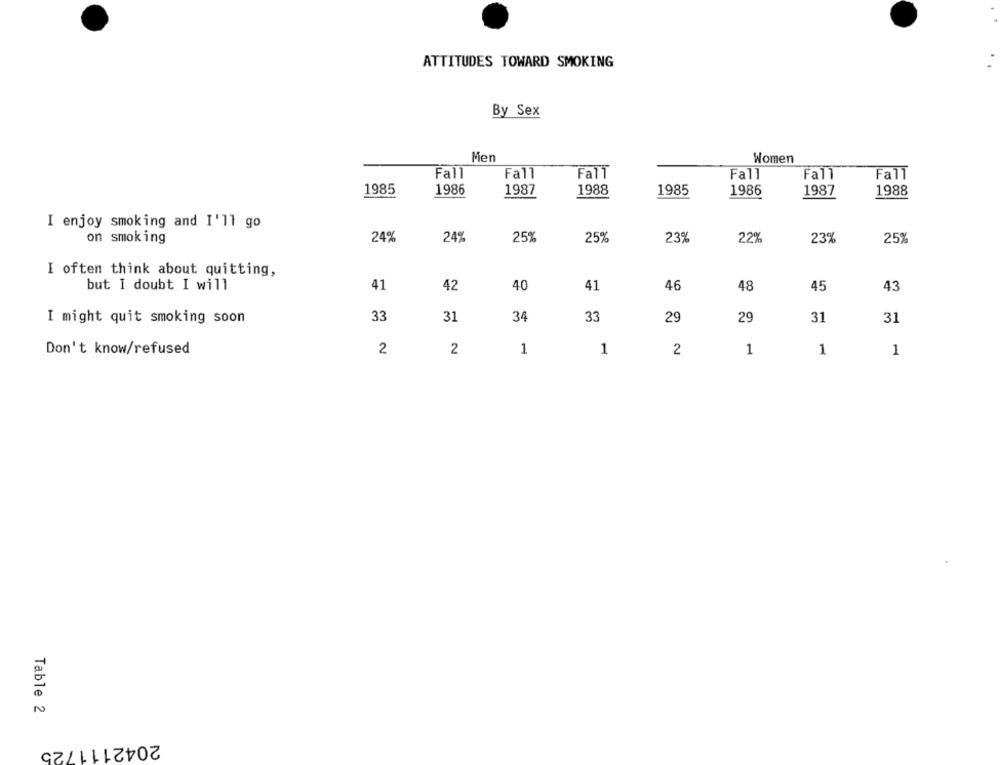
ATTITUDES TOWARD SMOKING
By Sex
Mer
Women
Fall
Fall
FalT
Fall
Fall
FalT
1985
1986
1987
1988
1985
1986
1987
1988
I enjoy smoking and I'll go
24%
24%
257
23%
22%
on smoking
25%
23%
25%
I often think about quitting,
but I doubt I will
41
42
40
41
46
48
45
43
I might quit smoking soon
33
31
34
33
29
29
31
31
Don't know/refused
2
2
1
1
2
1
1
1
Table 2
2042111725